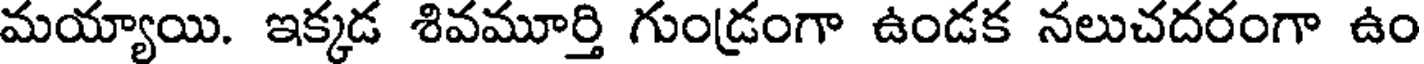
మయ్యాయి. ఇక్కడ శివమూర్తి గుండ్రంగా ఉండక నలుచదరంగా ఉం